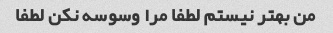
من بهتر نیستم لطفا مرا وسوسه نکن لطفا